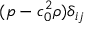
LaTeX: ( p - c _ { 0 } ^ { 2 } \rho ) \delta _ { i j }